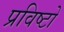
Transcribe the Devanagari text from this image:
प्रविष्टो